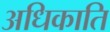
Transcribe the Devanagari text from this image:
अधिकाति